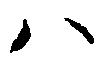
ハ